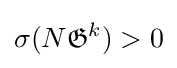
\sigma (N{\mathfrak {G}}^{k})>0